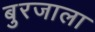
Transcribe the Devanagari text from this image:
बुरजाला